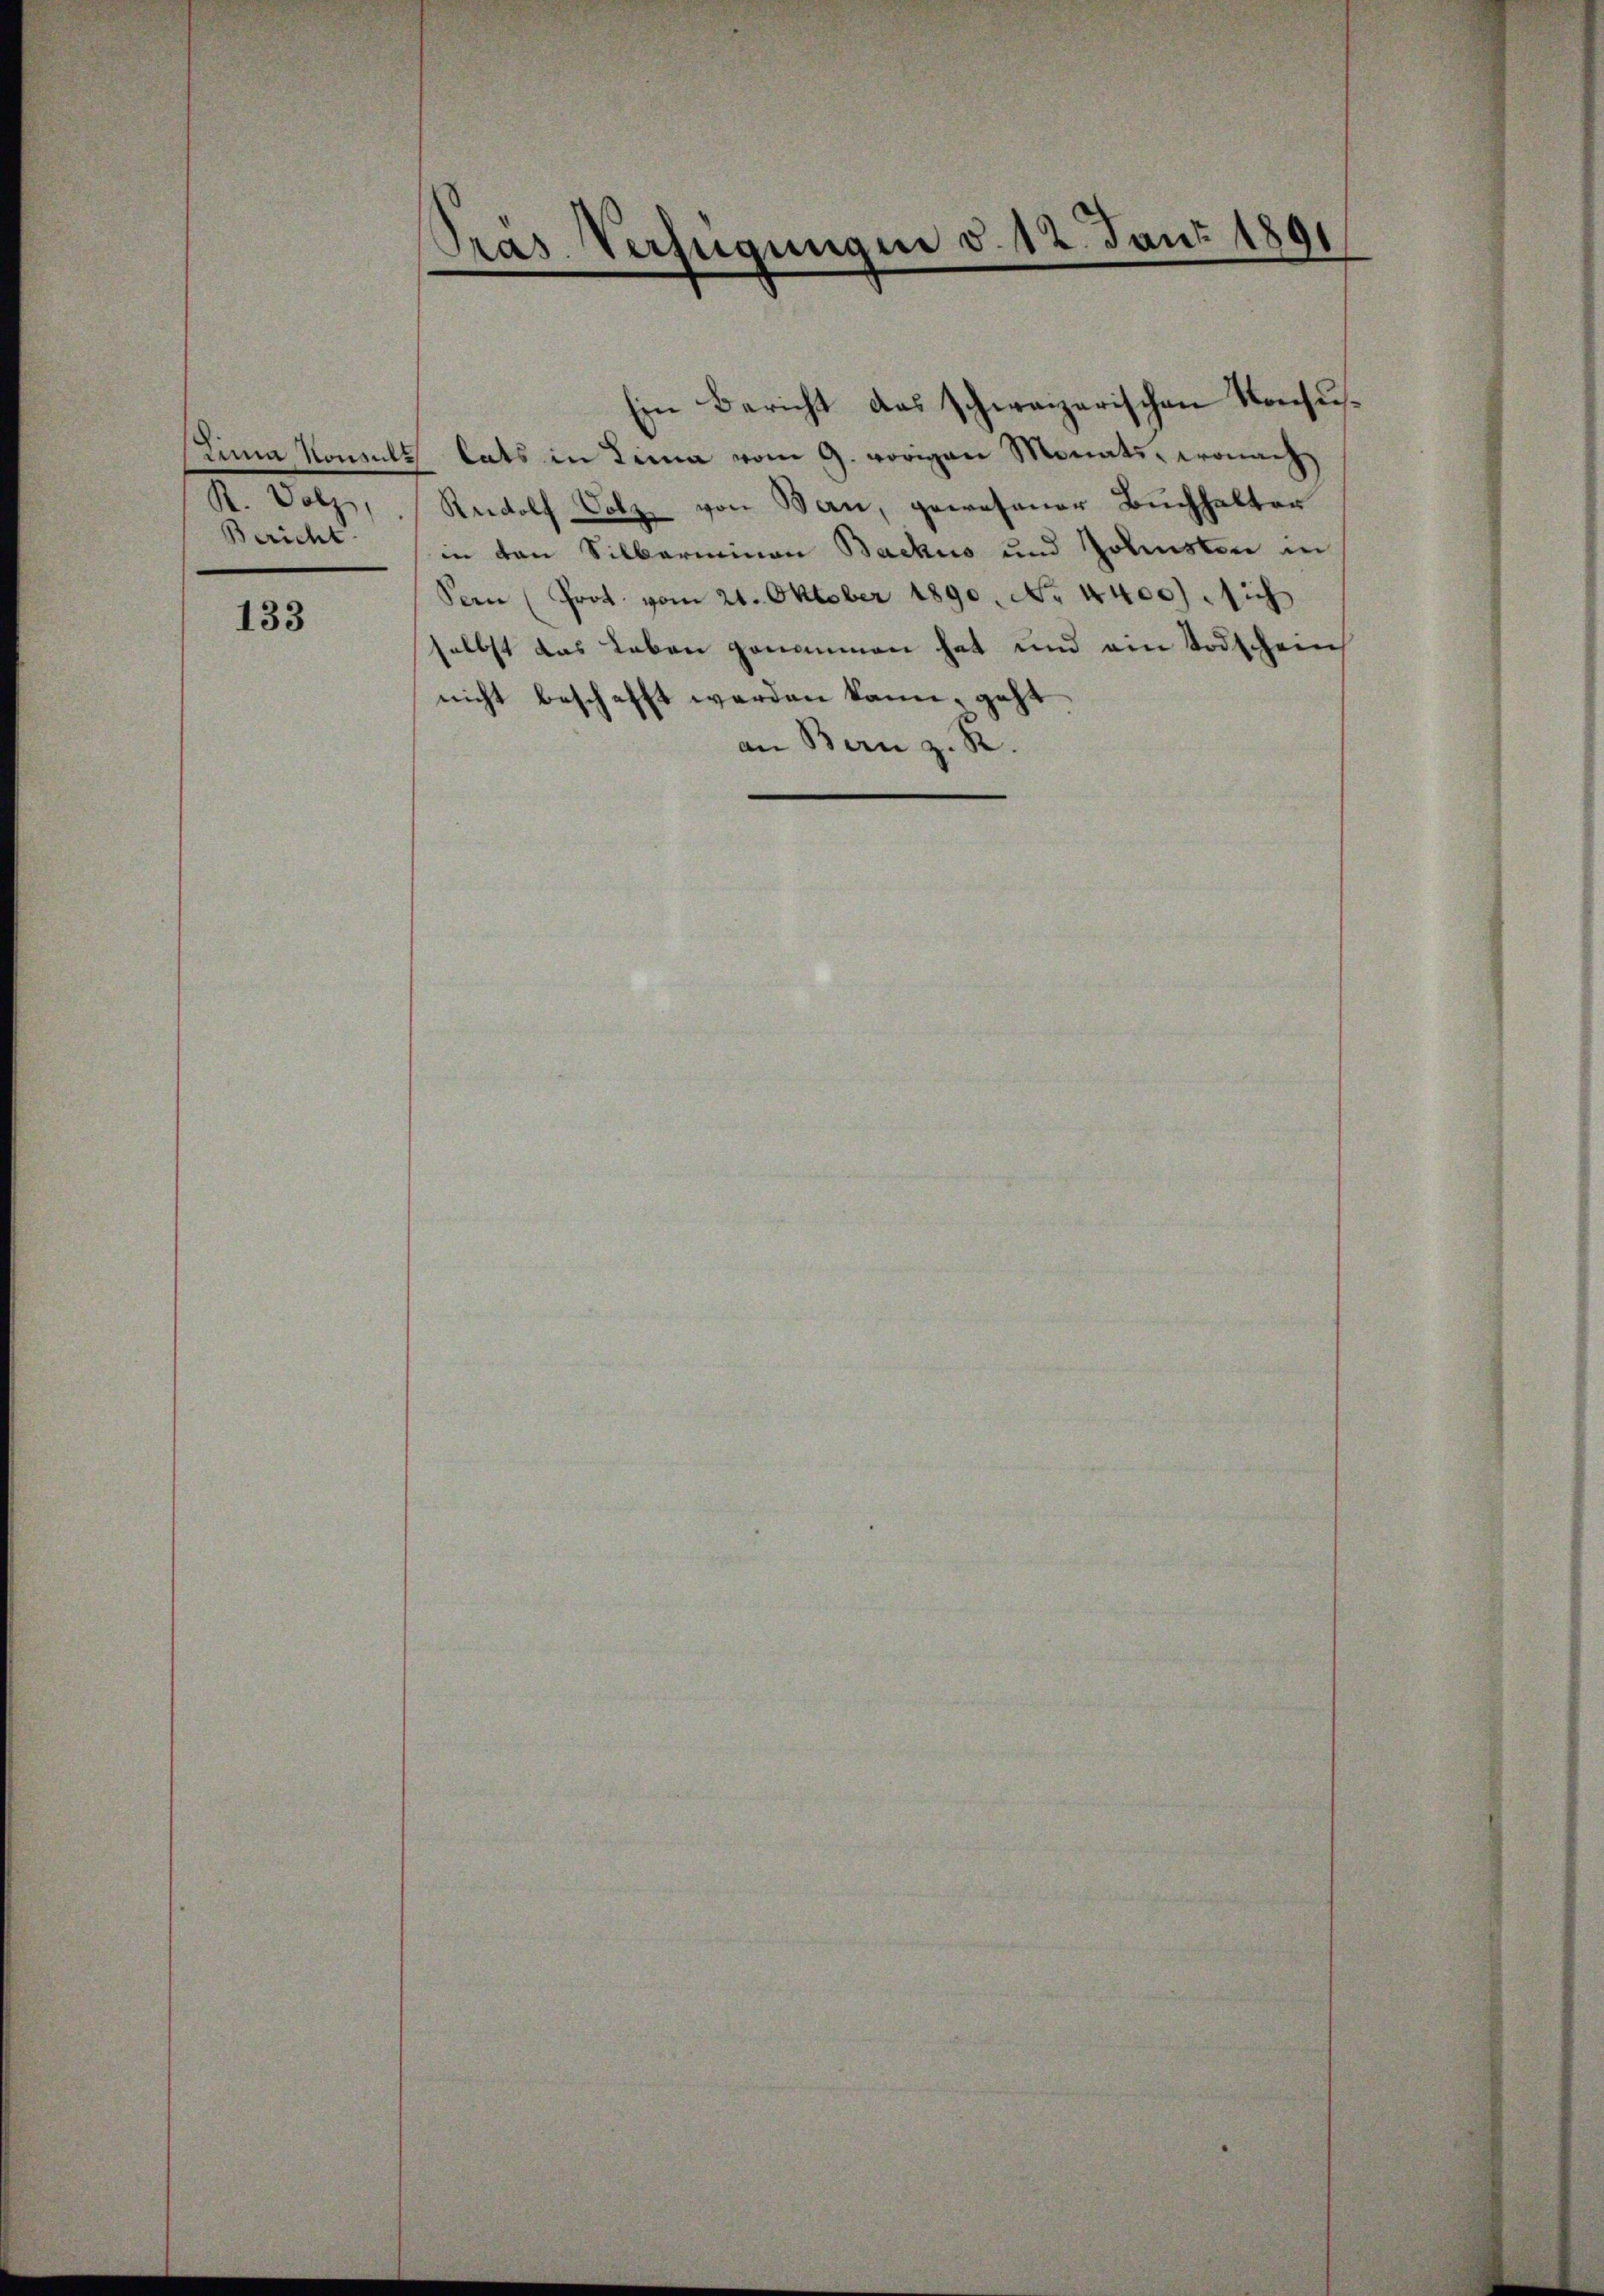
R. Volz,
Bericht

133

Sina Kowalt lats in Lina vom 9. vorigen Monats, wonach
Rudolf Volz, von Bau, gewesener Buchhalter
in von Silberminen Bachus und Zohnsten in
Seen (Prot. vom 21. Oktober 1890. No. 4400) sich
selbst das Leben genommen hat und ein Todschein
nicht beschafft werden kann, geht
an Bern z. R.

Pras Verfügungen v. 12. Juni 1891

Ein Bericht das schweizerischen Konsu¬